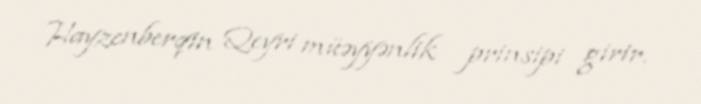
Hayzenberqin Qeyri müəyyənlik prinsipi girir.